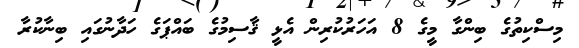
މިސްކިތުގެ ބިންގާ މީގެ 8 އަހަރުކުރިން އެޅީ ޤާސިމުގެ ބައްޕަގެ ހަދާނުގައި ބިނާކުރާ